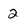
Character: 2